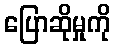
ပြောဆိုမှုကို